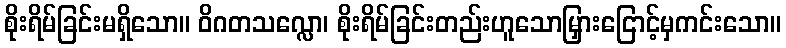
စိုးရိမ်ခြင်းမရှိသော။ ဝိဂတသလ္လော၊ စိုးရိမ်ခြင်းတည်းဟူသောမြှားငြောင့်မှကင်းသော။